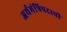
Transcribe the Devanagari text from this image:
अर्थमंत्रिपदाची